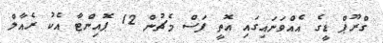
ގްރޫޕް ޑީގެ އެއްވަނައިގައި އޮތީ ފަސް މެޗުން 12 ޕޮއިންޓާ އެކު ރެއާލް